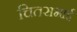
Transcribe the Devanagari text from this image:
चितसभाई